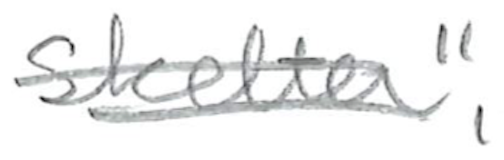
Text: Skelter",
Cross-out: mix
Writing tool: pencil